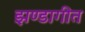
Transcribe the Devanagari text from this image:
झण्डागीत